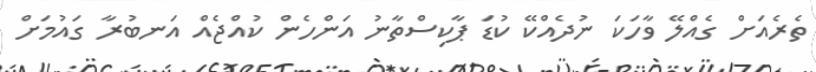
ތެރެއަށް ގެއްލޭ ވާހަކަ ނުދެއްކޭ ކުޑަ ޕާކިސްތާނު އަންހެން ކުއްޖެއް އަނބުރާ ގައުމަށް